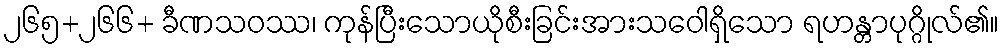
၂၆၅+၂၆၆+ ခီဏသဝဿ၊ ကုန်ပြီးသောယိုစီးခြင်းအားသဝေါရှိသော ရဟန္တာပုဂ္ဂိုလ်၏။